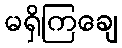
မရှိကြချေ